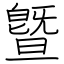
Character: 曁